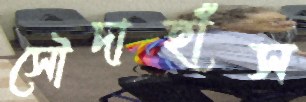
সৌদাহাঁস